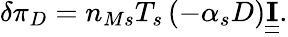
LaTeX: \delta\pi_{D}=n_{Ms}T_{s}\left(-\alpha_{s}D\right)\underline{{\underline{{\mathbf{I}}}}}.